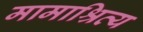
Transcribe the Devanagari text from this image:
मामाश्रित्य